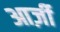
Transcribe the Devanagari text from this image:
आर्ज़ी